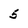
Character: 5